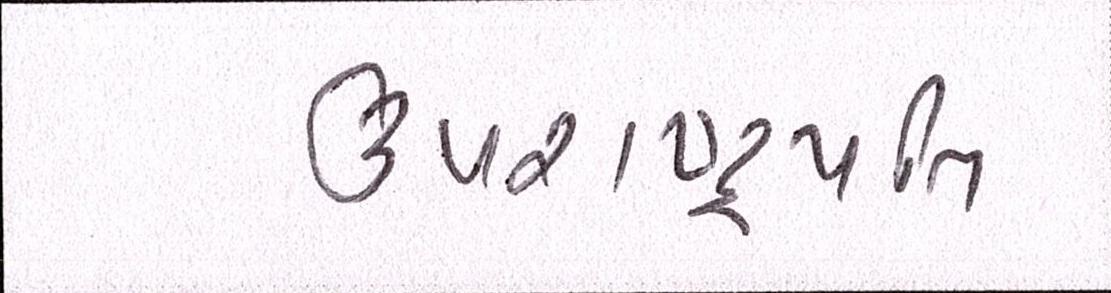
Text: ઉપરાષ્ટ્રપતિ